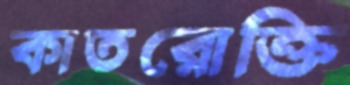
কাতরোক্তি